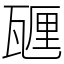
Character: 甅